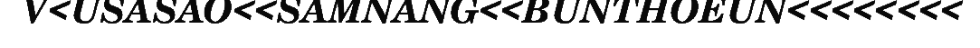
V<USASAO<<SAMNANG<<BUNTHOEUN<<<<<<<<